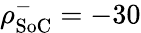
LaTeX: \rho_{\textrm{SoC}}^{-}=-30